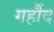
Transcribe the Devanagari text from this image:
गर्हौद